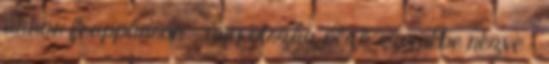
akkor frappánsan – úgy ötszáz néző szemébe nézve –